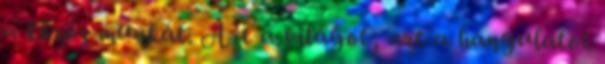
a közös munkát. Azt a világot, azt a hangulatot